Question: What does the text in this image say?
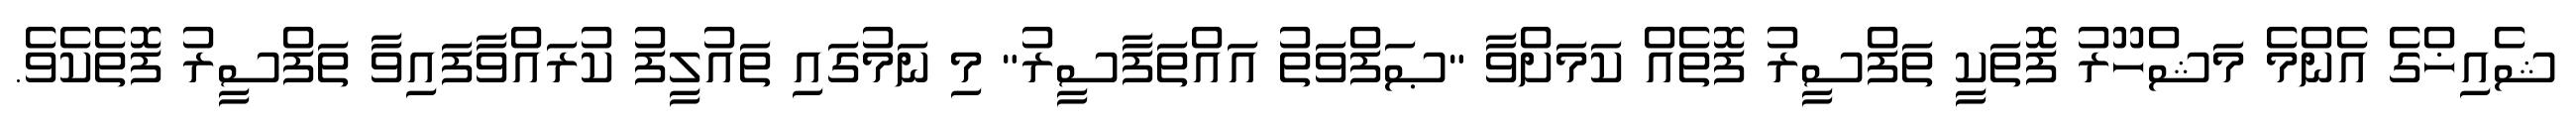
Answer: ޝެއިޚްގެ އެންމެ މަޝްހޫރު ފޮތަކީ ތަފްސީރު ފޮތެއް ކަމަށްވާ "ޞަފްވަތު އައްތަފާސީރު" މި ނަމުގައި ތައުލީފު ކުރައްވާފައިވާ ތަފްސީރު ފޮތެކެވެ.